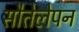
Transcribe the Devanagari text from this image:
सौतेलेपन